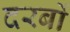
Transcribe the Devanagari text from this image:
दरबों